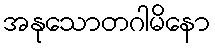
အနုသောတဂါမိနော